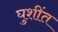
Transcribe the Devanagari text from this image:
घुशींत